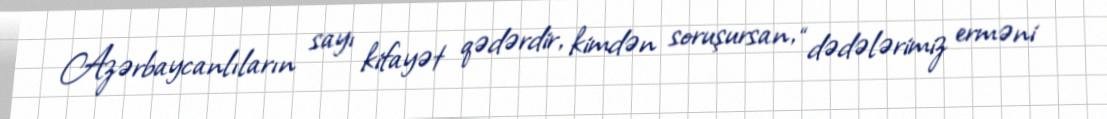
Azərbaycanlıların sayı kifayət qədərdir, kimdən soruşursan, “dədələrimiz erməni